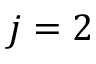
j = 2